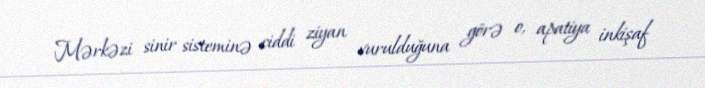
Mərkəzi sinir sisteminə ciddi ziyan vurulduğuna görə o, apatiya inkişaf